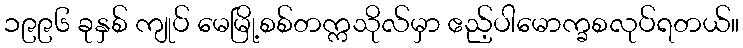
၁၉၉၆ ခုနှစ် ကျုပ် မေမြို့စစ်တက္ကသိုလ်မှာ ဧည့်ပါမောက္ခစလုပ်ရတယ်။